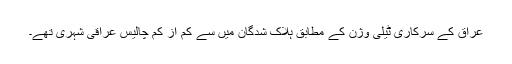
عراق کے سرکاری ٹیلی وژن کے مطابق ہلاک شدگان میں سے کم از کم چالیس عراقی شہری تھے۔